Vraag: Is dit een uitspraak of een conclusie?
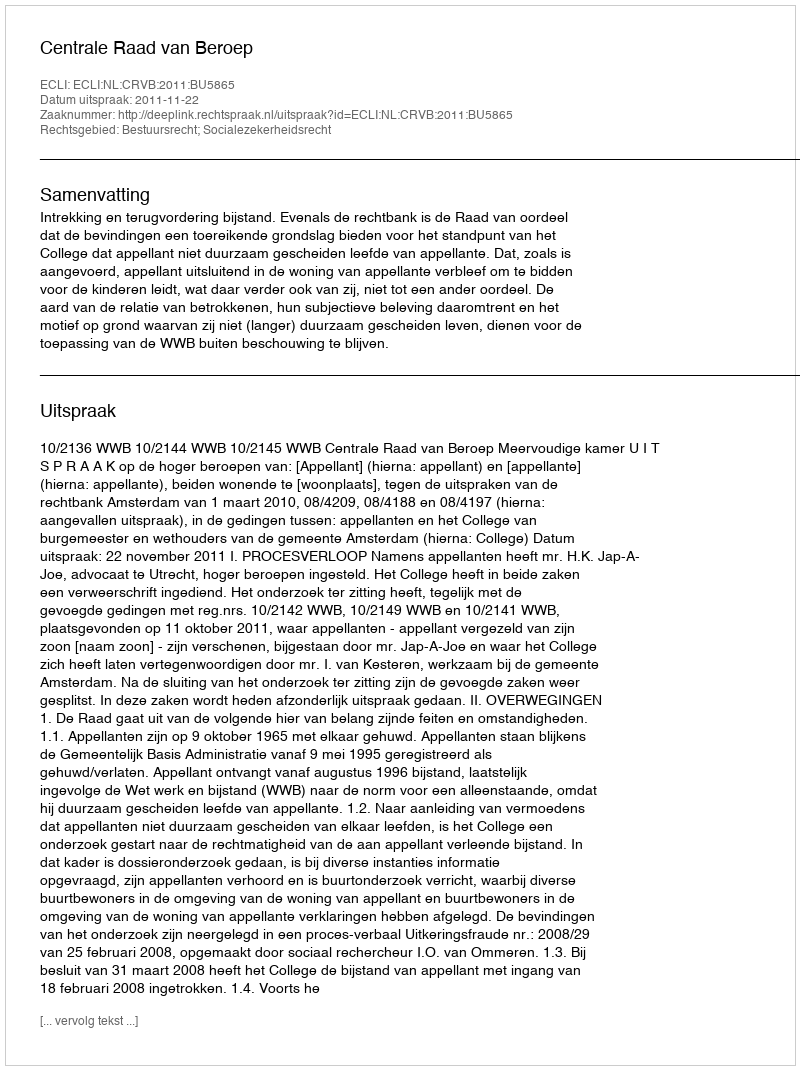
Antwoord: Uitspraak